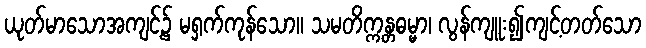
ယုတ်မာသောအကျင့်၌ မရှက်ကုန်သော။ သမတိက္ကန္တဓမ္မာ၊ လွန်ကျူး၍ကျင့်တတ်သော